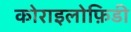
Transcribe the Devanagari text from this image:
कोराइलोफ़िडी